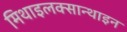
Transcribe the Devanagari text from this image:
मिथाइलक्सान्थाइन